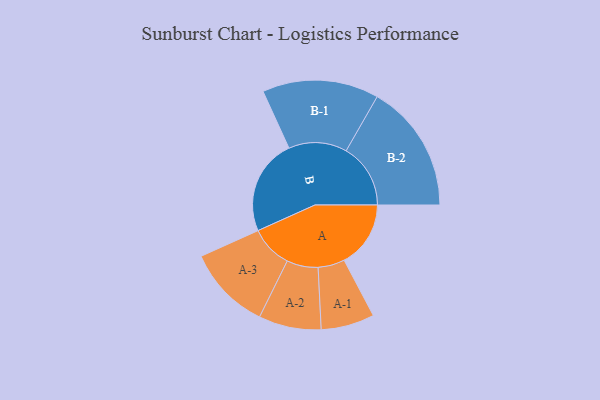
{"axis": {"x": "Segment", "y": "Value"}, "legend": ["", "A", "B"], "data": [{"x": "A", "y": 249, "type": ""}, {"x": "B", "y": 359, "type": ""}, {"x": "A-1", "y": 100, "type": "A"}, {"x": "A-2", "y": 117, "type": "A"}, {"x": "A-3", "y": 158, "type": "A"}, {"x": "B-1", "y": 218, "type": "B"}, {"x": "B-2", "y": 241, "type": "B"}]}